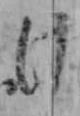
け